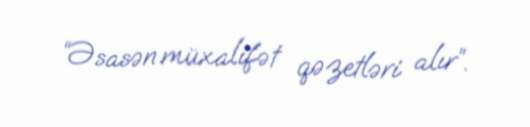
“Əsasən müxalifət qəzetləri alır”.